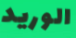
الوريد